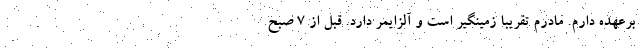
برعهده دارم. مادرم تقریباً زمینگیر است و آلزایمر دارد. قبل از ۷ صبح